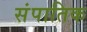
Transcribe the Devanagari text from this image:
संपातिक